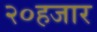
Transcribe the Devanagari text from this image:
२०हजार